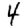
Digit: 4